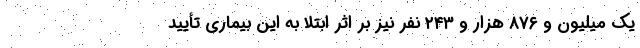
یک میلیون و ۸۷۶ هزار و ۲۴۳ نفر نیز بر اثر ابتلا به این بیماری تأیید